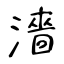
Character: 濇